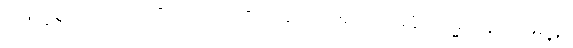
ဖြောင့်စွာ။ ကာယံ၊ ကိုယ်ကို။ ပဏိဓာယ၊ ထား၍။ ပရိမုခံ၊ ကမ္မဋ္ဌာန်းသို့ရှေ့ရှု။